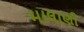
માલાણી